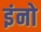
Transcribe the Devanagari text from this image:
इंनो